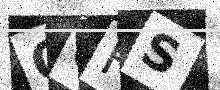
Text: OCHS